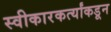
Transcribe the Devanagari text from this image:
स्वीकारकर्त्यांकडून